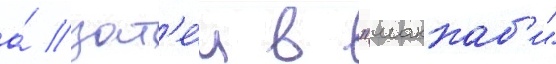
а́ зат'е́м в "маккаб'и"